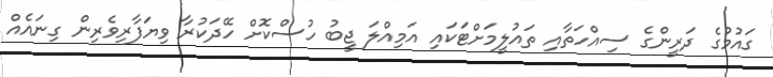
ގައުމުގެ ދަރީންގެ ސިއްހަތާއި ތައުލީމަށްޓަކައި އަމިއްލަ ޖީބު ހުސްކޮށް ހޭދަކުރާ ވިޔަފާރިވެރިން ގިނައެއް